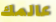
عالمك